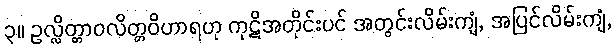
၃။ ဥလ္လိတ္တာဝလိတ္တဝိဟာရဟု ကုဋိအတိုင်းပင် အတွင်းလိမ်းကျံ, အပြင်လိမ်းကျံ,